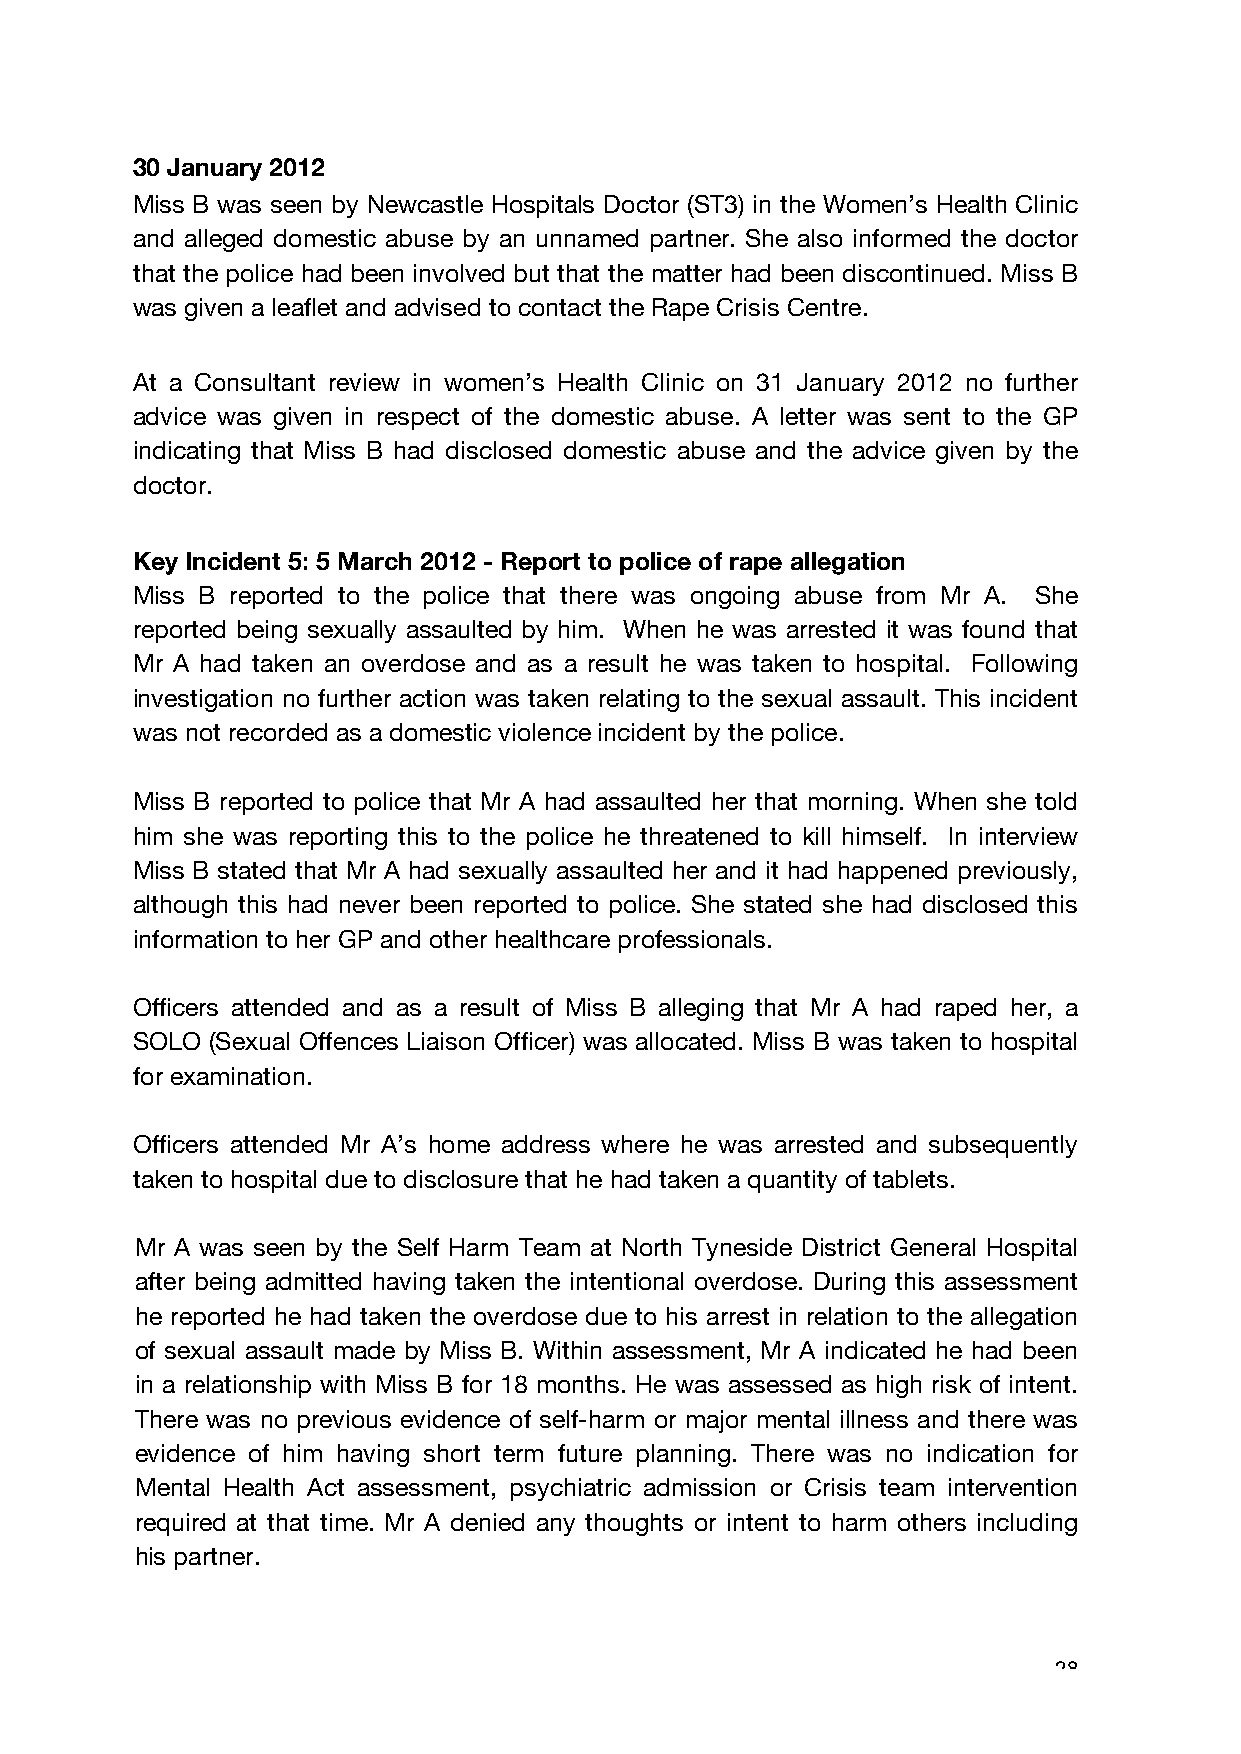
30 January 2012
 Miss B was seen by Newcastle Hospitals Doctor (ST3) in the Women’s Health Clinic
 and alleged domestic abuse by an unnamed partner. She also informed the doctor
 that the police had been involved but that the matter had been discontinued. Miss B
 was given a leaflet and advised to contact the Rape Crisis Centre.
 At a Consultant review in women’s Health Clinic on 31 January 2012 no further
 advice was given in respect of the domestic abuse. A letter was sent to the GP
 indicating that Miss B had disclosed domestic abuse and the advice given by the
 doctor.
 Key Incident 5: 5 March 2012 - Report to police of rape allegation
 Miss B reported to the police that there was ongoing abuse from Mr A. She
 reported being sexually assaulted by him. When he was arrested it was found that
 Mr A had taken an overdose and as a result he was taken to hospital. Following
 investigation no further action was taken relating to the sexual assault. This incident
 was not recorded as a domestic violence incident by the police.
 Miss B reported to police that Mr A had assaulted her that morning. When she told
 him she was reporting this to the police he threatened to kill himself. In interview
 Miss B stated that Mr A had sexually assaulted her and it had happened previously,
 although this had never been reported to police. She stated she had disclosed this
 information to her GP and other healthcare professionals.
 Officers attended and as a result of Miss B alleging that Mr A had raped her, a
 SOLO (Sexual Offences Liaison Officer) was allocated. Miss B was taken to hospital
 for examination.
 Officers attended Mr A’s home address where he was arrested and subsequently
 taken to hospital due to disclosure that he had taken a quantity of tablets.
 Mr A was seen by the Self Harm Team at North Tyneside District General Hospital
 after being admitted having taken the intentional overdose. During this assessment
 he reported he had taken the overdose due to his arrest in relation to the allegation
 of sexual assault made by Miss B. Within assessment, Mr A indicated he had been
 in a relationship with Miss B for 18 months. He was assessed as high risk of intent.
 There was no previous evidence of self-harm or major mental illness and there was
 evidence of him having short term future planning. There was no indication for
 Mental Health Act assessment, psychiatric admission or Crisis team intervention
 required at that time. Mr A denied any thoughts or intent to harm others including
 his partner.
 28